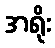
အရိုး